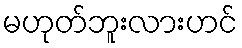
မဟုတ်ဘူးလားဟင်